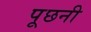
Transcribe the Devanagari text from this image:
पूछनी